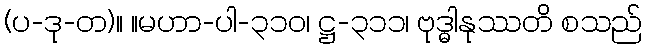
(ပ-ဒု-တ)။ ။မဟာ-ပါ-၃၁၀၊ ဋ္ဌ-၃၁၁၊ ဗုဒ္ဓါနုဿတိ စသည်